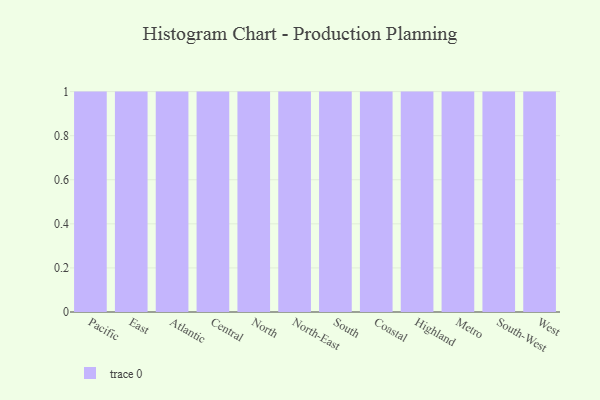
{"axis": {"x": "Region", "y": "Active Users"}, "legend": [""], "data": [{"x": "Pacific", "y": 50, "type": ""}, {"x": "East", "y": 18, "type": ""}, {"x": "Atlantic", "y": 12, "type": ""}, {"x": "Central", "y": 50, "type": ""}, {"x": "North", "y": 13, "type": ""}, {"x": "North-East", "y": 36, "type": ""}, {"x": "South", "y": 75, "type": ""}, {"x": "Coastal", "y": 33, "type": ""}, {"x": "Highland", "y": 67, "type": ""}, {"x": "Metro", "y": 49, "type": ""}, {"x": "South-West", "y": 32, "type": ""}, {"x": "West", "y": 68, "type": ""}]}